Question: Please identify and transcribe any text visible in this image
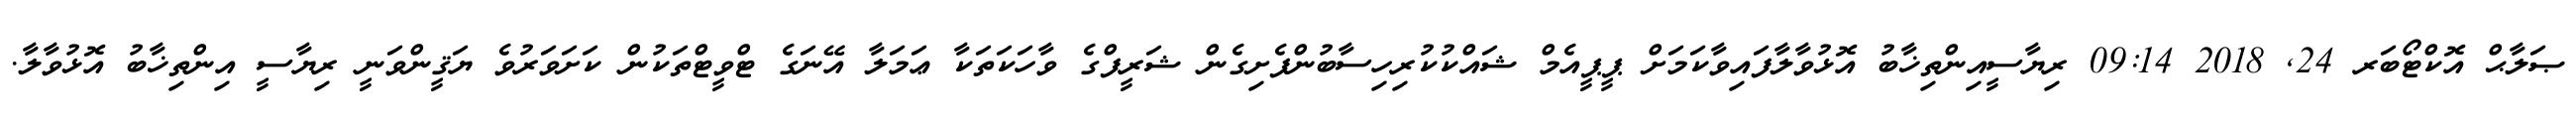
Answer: ޞަލާޙް އޮކްޓޯބަރ 24, 2018 09:14 ރިޔާސީއިންތިޚާބު އޮޅުވާލާފައިވާކަމަށް ޕީޕީއެމް ޝައްކުކުރިހިސާބުންފެށިގެން ޝަރީފްގެ ވާހަކަތަކާ ޢަމަލާ އޭނަގެ ޓްވީޓްތަކުން ކަށަވަރުވެ ޔަޤީންވަނީ ރިޔާސީ އިންތިޚާބު އޮޅުވާލާ.